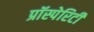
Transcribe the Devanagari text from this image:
प्रॉस्पेरिटी